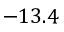
- 1 3 . 4